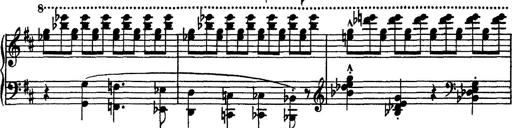
Title: Piano Sonata
Composer: Karl HÃ¤ssler
Key: C major